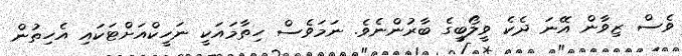
ވެސް ޒިވާން އޭނަ ދެކެ ވީލޯބީގެ ބާރުންނެވެ. ނަމަވެސް ހިތާމައަކީ ނަހީކްއަށްޓަކައި އެހިތުން